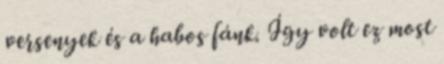
versenyek és a habos fánk. Így volt ez most